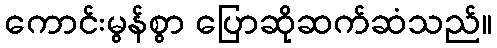
ကောင်းမွန်စွာ ပြောဆိုဆက်ဆံသည်။